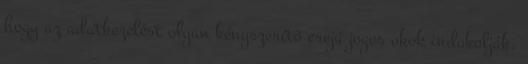
hogy az adatkezelést olyan kényszerítő erejű jogos okok indokolják,